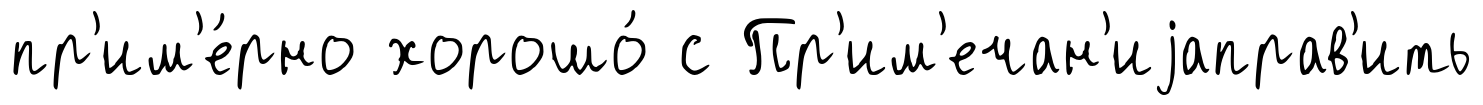
пр'им'е́рно хорошо́ с Пр'им'ечан'иjаправ'ить